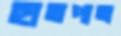
হাতপাতা